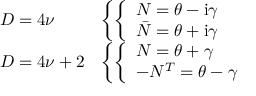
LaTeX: \begin{array} { l l } { { D = 4 \nu } } & { { \left\{ \left\{ \begin{array} { l l } { { { \cal N } = \theta - \mathrm { i } \gamma } } \\ { { { \bar { \cal N } } = \theta + \mathrm { i } \gamma } } \end{array} \right. \right. } } \\ { { D = 4 \nu + 2 } } & { { \left\{ \left\{ \begin{array} { l l } { { { \cal N } = \theta + \gamma } } \\ { { - { \cal N } ^ { T } = \theta - \gamma } } \end{array} \right. \right. } } \end{array}